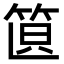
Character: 𥭣